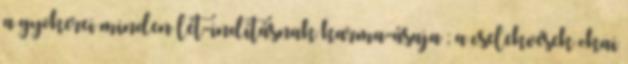
a gyökerei minden lét-indításnak karma-ásaja ; a cselekvések okai